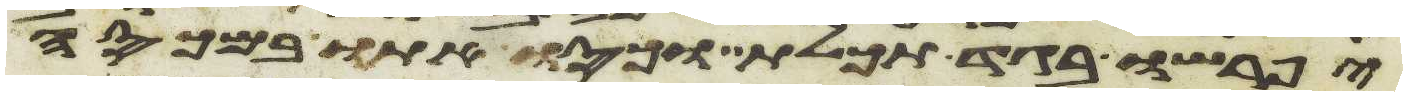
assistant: יפרשו בגד תכלת וכסו אתו במכסה